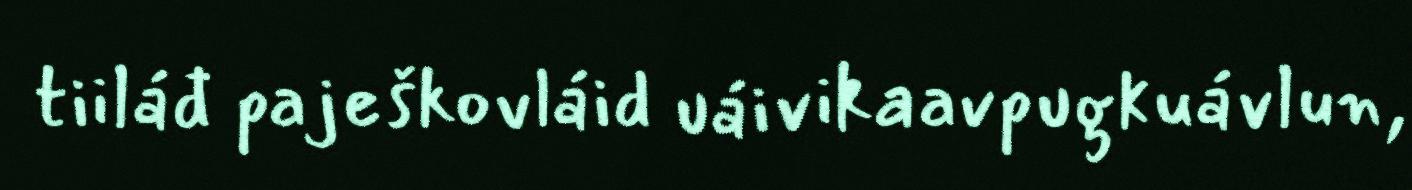
tiiláđ paješkovláid uáivikaavpugkuávlun,